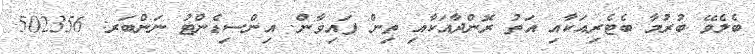
ބެލެވޭ ބުރުމާ ބެޓެރިއަކާއި އަތު ރޮންދާއަކާއި ތިން ފައިވާން. އިންސިޑެންޓު ނަންބަރ: 502356